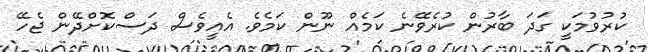
ކުރުވުމަކީ ގަދަ ބާރުން ކުރެވޭނެ ކަމެއް ނޫން ކަމެވެ. އެއީވެސް ދަސްކޮށްދޭން ޖެހޭ